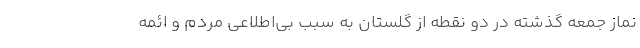
نماز جمعه گذشته در دو نقطه از گلستان به سبب بی‌اطلاعی مردم و ائمه